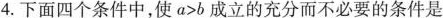
4.下面四个条件中，使$$ a > b$$成立的充分而不必要的条件是